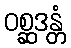
ဝစ္ဆဒန္တံ